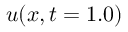
u ( x , t = 1 . 0 )